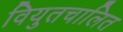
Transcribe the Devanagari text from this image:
वियुतचालित